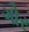
ગોર